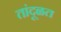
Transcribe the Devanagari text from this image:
तांदूळत